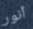
أنور